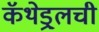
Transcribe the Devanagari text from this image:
कॅथेड्र्लची